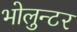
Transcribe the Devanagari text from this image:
भोलुन्टर